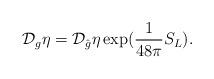
LaTeX: \begin{align*}{\cal{D}}_{g} \eta = {\cal{D}}_{\hat{g}} \eta \exp(\frac{1}{48\pi} S_{L}).\end{align*}